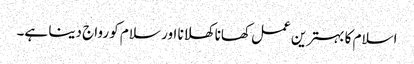
اسلام کا بہترین عمل کھانا کھلانا اور سلام کو رواج دینا ہے۔